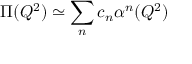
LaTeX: \Pi ( Q ^ { 2 } ) \simeq \sum _ { n } c _ { n } \alpha ^ { n } ( Q ^ { 2 } )